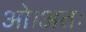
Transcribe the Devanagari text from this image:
ओ।अतः